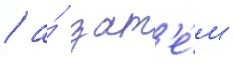
/ а́ зат'е́м -